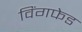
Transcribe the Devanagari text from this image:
विंगफेड